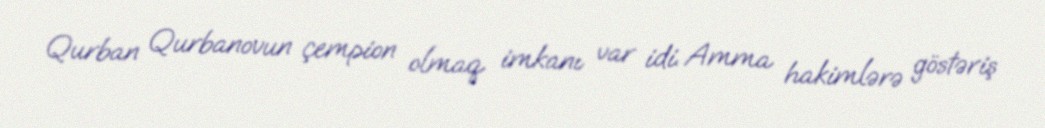
Qurban Qurbanovun çempion olmaq imkanı var idi. Amma hakimlərə göstəriş